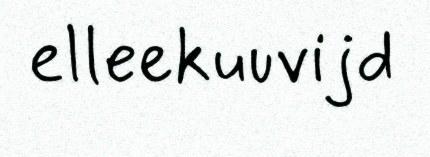
elleekuuvijd